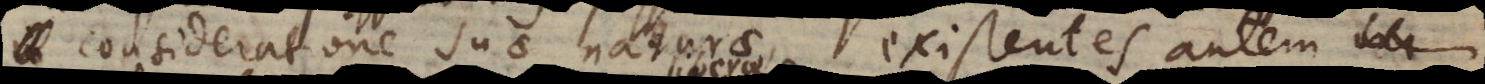
consideratione suae naturae, existentes autem